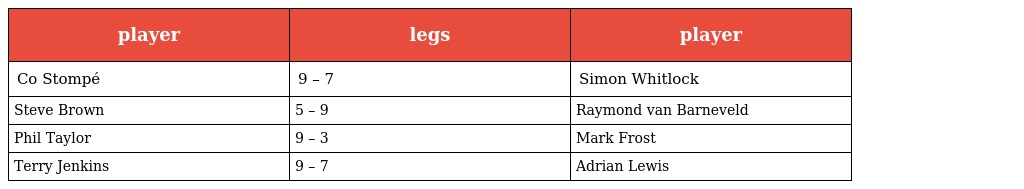
| player | legs | player |
 | --- | --- | --- |
 | Co Stompé | 9 – 7 | Simon Whitlock |
 | Steve Brown | 5 – 9 | Raymond van Barneveld |
 | Phil Taylor | 9 – 3 | Mark Frost |
 | Terry Jenkins | 9 – 7 | Adrian Lewis |